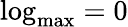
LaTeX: \mathrm{log}_{\mathrm{max}}=0